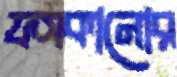
ফসকানোর